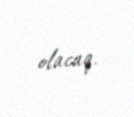
olacaq.